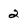
Character: 2